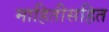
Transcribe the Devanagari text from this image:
माहितीसहित